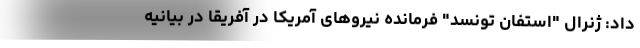
داد: ژنرال "استفان تونسد" فرمانده نیروهای آمریکا در آفریقا در بیانیه